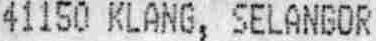
41150 KLANG, SELANGOR